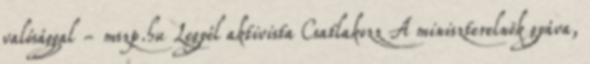
valósággal - mszp.hu Legyél aktivista Csatlakozz A miniszterelnök gyáva,